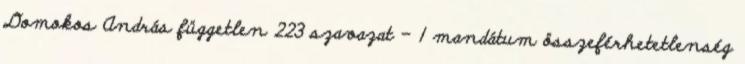
Domokos András független 223 szavazat – 1 mandátum összeférhetetlenség